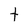
Character: t